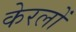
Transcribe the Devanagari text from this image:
केरलों